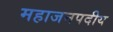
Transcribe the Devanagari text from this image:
महाजनपदीय